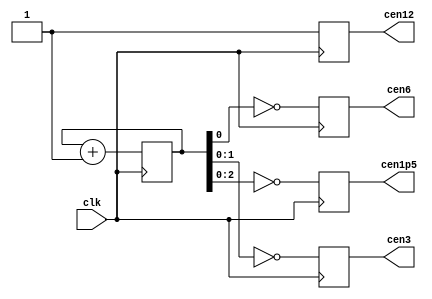
/*  This file is part of JT_GNG.
    JT_GNG program is free software: you can redistribute it and/or modify
    it under the terms of the GNU General Public License as published by
    the Free Software Foundation, either version 3 of the License, or
    (at your option) any later version.

    JT_GNG program is distributed in the hope that it will be useful,
    but WITHOUT ANY WARRANTY; without even the implied warranty of
    MERCHANTABILITY or FITNESS FOR A PARTICULAR PURPOSE.  See the
    GNU General Public License for more details.

    You should have received a copy of the GNU General Public License
    along with JT_GNG.  If not, see <http://www.gnu.org/licenses/>.

    Author: Jose Tejada Gomez. Twitter: @topapate
    Version: 1.0
    Date: 24-12-2018 */

module jtgng_cen(
    input   clk,    // 24 MHz
    output  reg cen12,
    output  reg cen6,
    output  reg cen3,
    output  reg cen1p5
);

parameter CLK_SPEED = 12;
reg [3:0] cencnt=4'd0;

always @(posedge clk)
    cencnt <= cencnt+4'd1;

always @(negedge clk) begin
    // cen12  <= cencnt[  0] == 1'd0;
    if( CLK_SPEED==24 ) begin
        cen12  <= cencnt[0]   == 1'd0;
        cen6   <= cencnt[1:0] == 2'd0;
        cen3   <= cencnt[2:0] == 3'd0;
        cen1p5 <= cencnt[3:0] == 4'd0;
    end
    else if( CLK_SPEED==12 ) begin
        cen12  <= 1'b1;
        cen6   <= cencnt[0]   == 1'd0;
        cen3   <= cencnt[1:0] == 2'd0;
        cen1p5 <= cencnt[2:0] == 3'd0;
    end
end

endmodule // jtgng_cen